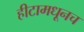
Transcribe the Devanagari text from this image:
हीटामधूनच